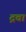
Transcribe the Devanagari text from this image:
द्रवा